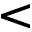
<